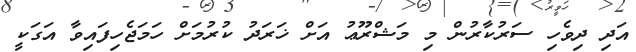
އަދި ދިވެހި ސަރުކާރުން މި މަޝްރޫޢު އަށް ޚަރަދު ކުރުމަށް ހަމަޖެހިފައިވާ އަގަކީ